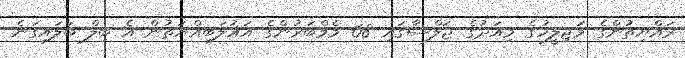
ރައްޔިތުންގެ މަޖިލީހުގެ މިއަދުގެ ޖަލްސާގައި 68 މެމްބަރުންގެ އަޣުލަބިއްޔަތުން އެ ބިލް ބަލައިގަނެ